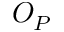
O _ { P }